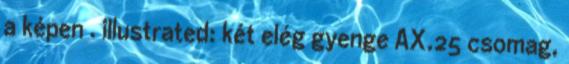
a képen . illustrated: két elég gyenge AX.25 csomag,